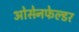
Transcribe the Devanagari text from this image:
ओसेनफेल्डर